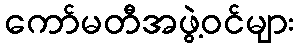
ကော်မတီအဖွဲ့ဝင်များ